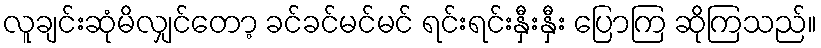
လူချင်းဆုံမိလျှင်တော့ ခင်ခင်မင်မင် ရင်းရင်းနှီးနှီး ပြောကြ ဆိုကြသည်။